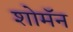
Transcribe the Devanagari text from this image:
शोमॅन